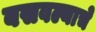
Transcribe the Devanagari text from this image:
बसवल्याचे